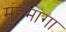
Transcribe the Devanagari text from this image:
मुंहमांगा